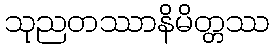
သုညတဿာနိမိတ္တဿ